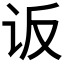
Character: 𰵐